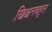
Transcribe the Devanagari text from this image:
ख्रिश्चनबहूल